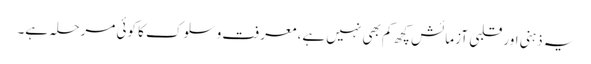
یہ ذہنی اور قلبی آزمائش کچھ کم بھی نہیں ہے، معرفت و سلوک کا کوئی مرحلہ ہے۔